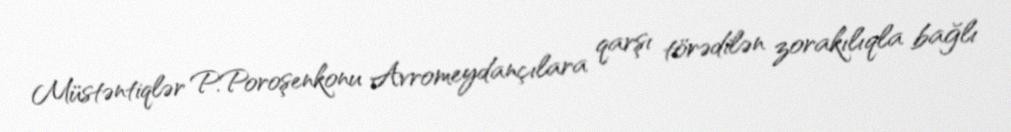
Müstəntiqlər P.Poroşenkonu Avromeydançılara qarşı törədilən zorakılıqla bağlı